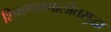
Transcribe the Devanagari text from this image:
शिक्षणप्रणालीतसुद्धा